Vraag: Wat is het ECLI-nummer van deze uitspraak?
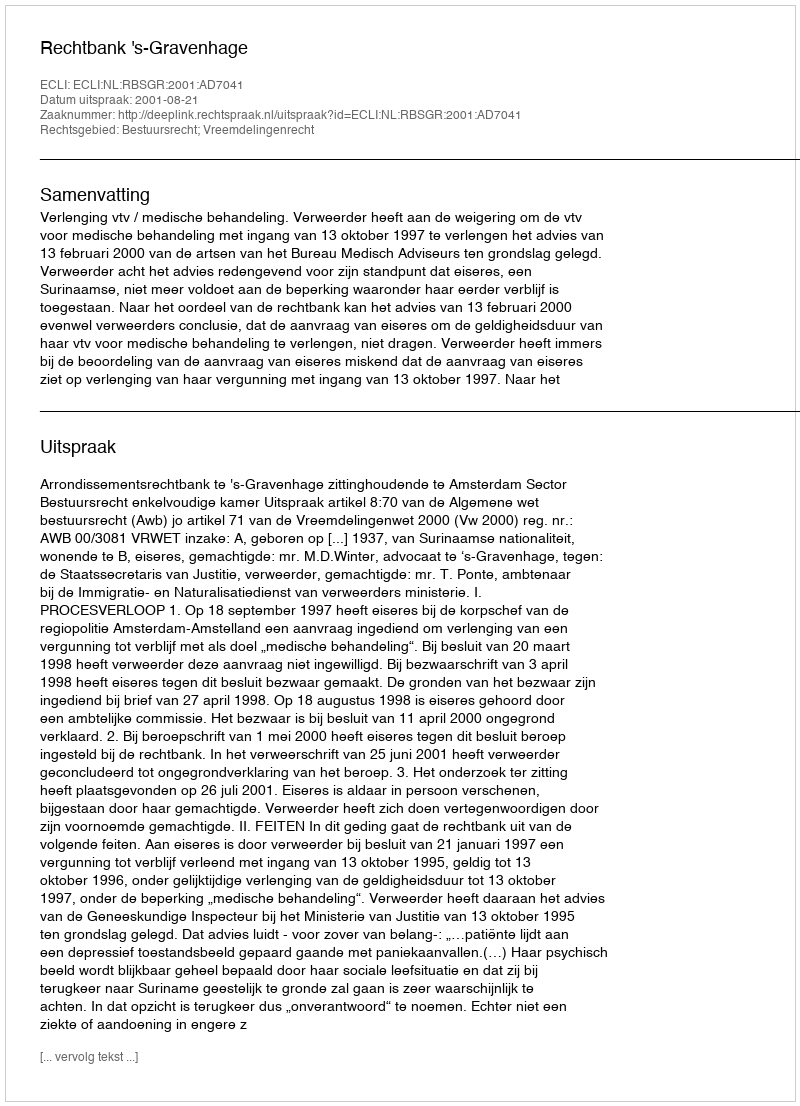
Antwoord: ECLI:NL:RBSGR:2001:AD7041